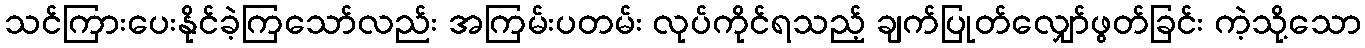
သင်ကြားပေးနိုင်ခဲ့ကြသော်လည်း အကြမ်းပတမ်း လုပ်ကိုင်ရသည့် ချက်ပြုတ်လျှော်ဖွတ်ခြင်း ကဲ့သို့သော